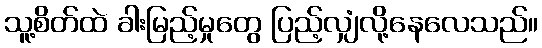
သူ့စိတ်ထဲ ခါးမြည့်မှုတွေ ပြည့်လျှံလို့နေလေသည်။